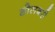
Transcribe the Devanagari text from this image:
डोलबरी